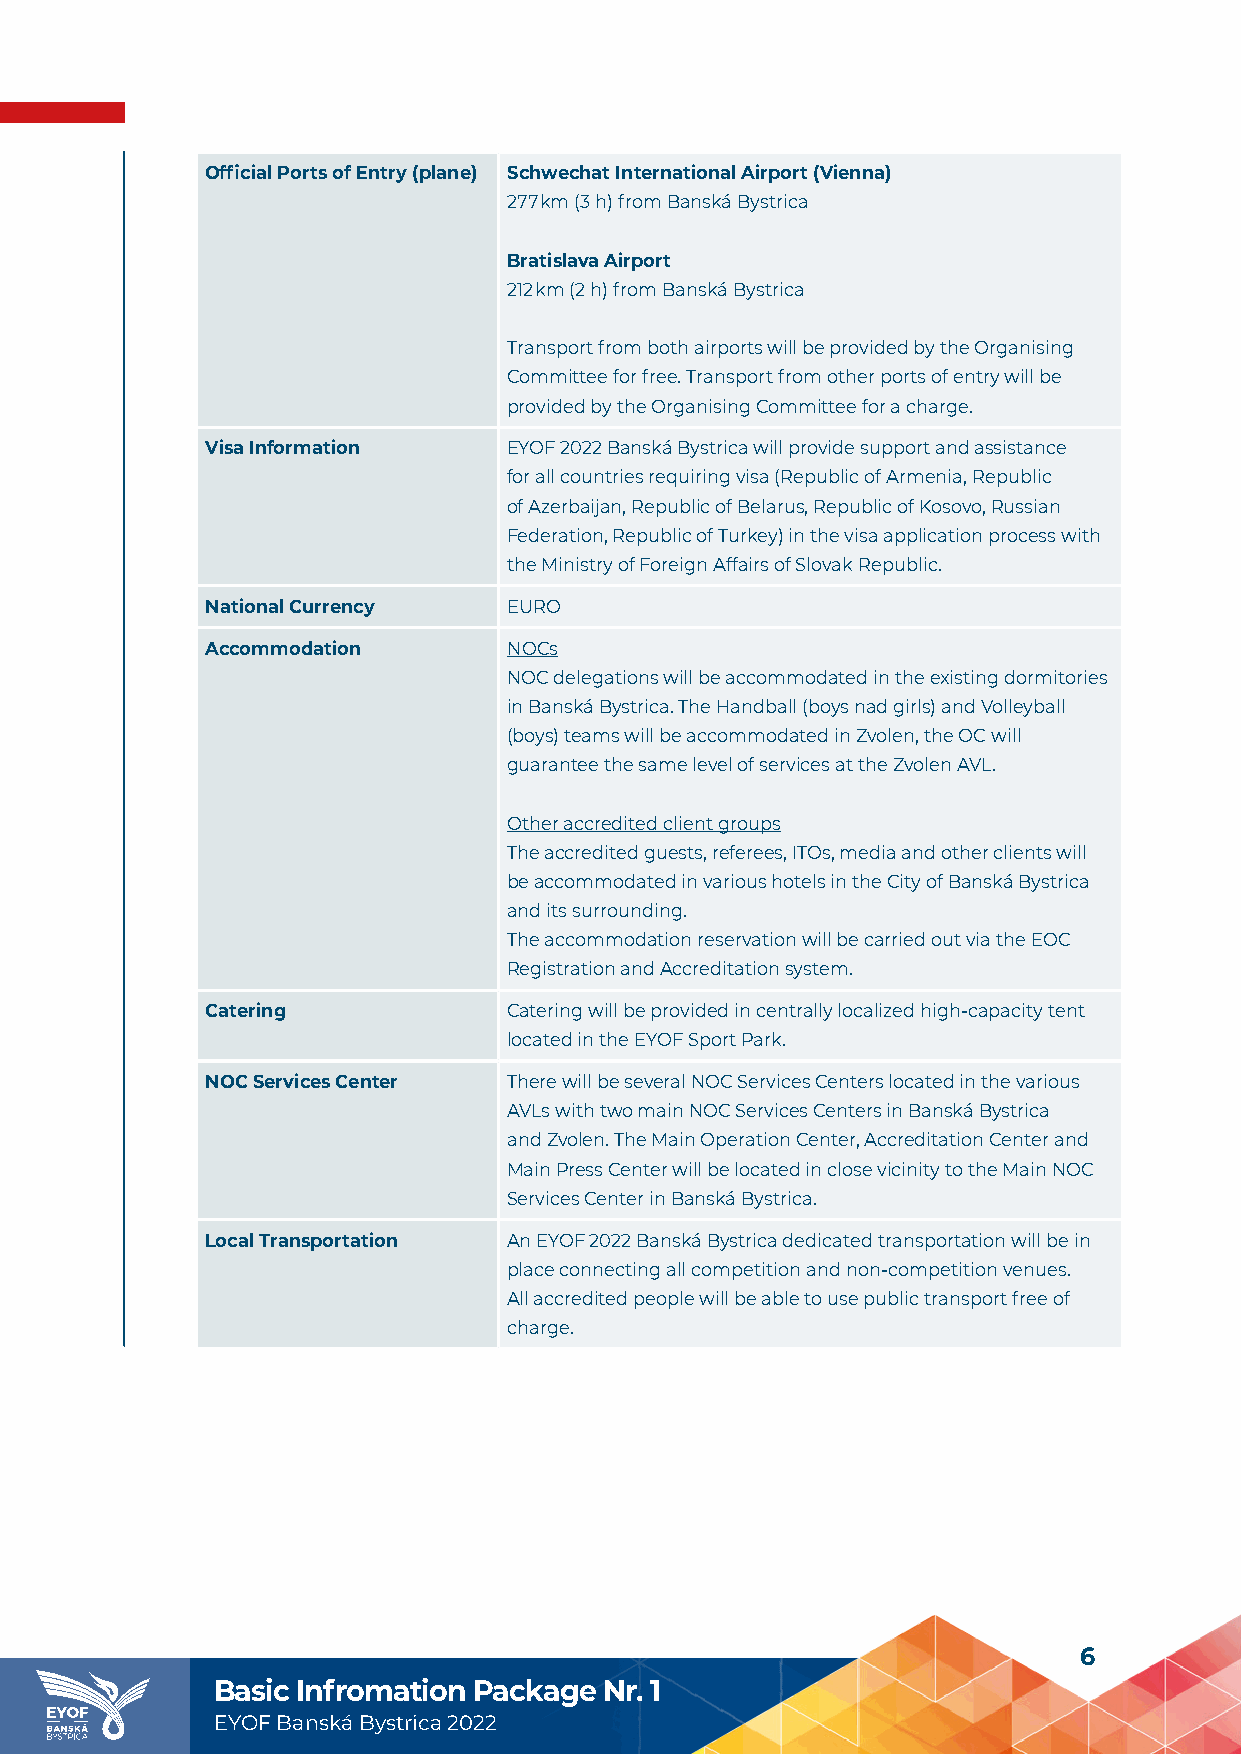
Official Ports of Entry (plane) Schwechat International Airport (Vienna)
 277 km (3 h) from Banská Bystrica
 Bratislava Airport
 212 km (2 h) from Banská Bystrica
 Transport from both airports will be provided by the Organising
 Committee for free. Transport from other ports of entry will be
 provided by the Organising Committee for a charge.
 Visa Information    EYOF 2022 Banská Bystrica will provide support and assistance
 for all countries requiring visa (Republic of Armenia, Republic
 of Azerbaijan, Republic of Belarus, Republic of Kosovo, Russian
 Federation, Republic of Turkey) in the visa application process with
 the Ministry of Foreign Affairs of Slovak Republic.
 National Currency   EURO
 Accommodation       NOCs
 NOC delegations will be accommodated in the existing dormitories
 in Banská Bystrica. The Handball (boys nad girls) and Volleyball
 (boys) teams will be accommodated in Zvolen, the OC will
 guarantee the same level of services at the Zvolen AVL.
 Other accredited client groups
 The accredited guests, referees, ITOs, media and other clients will
 be accommodated in various hotels in the City of Banská Bystrica
 and its surrounding.
 The accommodation reservation will be carried out via the EOC
 Registration and Accreditation system.
 Catering            Catering will be provided in centrally localized high-capacity tent
 located in the EYOF Sport Park.
 NOC Services Center There will be several NOC Services Centers located in the various
 AVLs with two main NOC Services Centers in Banská Bystrica
 and Zvolen. The Main Operation Center, Accreditation Center and
 Main Press Center will be located in close vicinity to the Main NOC
 Services Center in Banská Bystrica.
 Local Transportation An EYOF 2022 Banská Bystrica dedicated transportation will be in
 place connecting all competition and non-competition venues.
 All accredited people will be able to use public transport free of
 charge.
 6
 Basic Infromation Package Nr. 1
 EYOF Banská Bystrica 2022